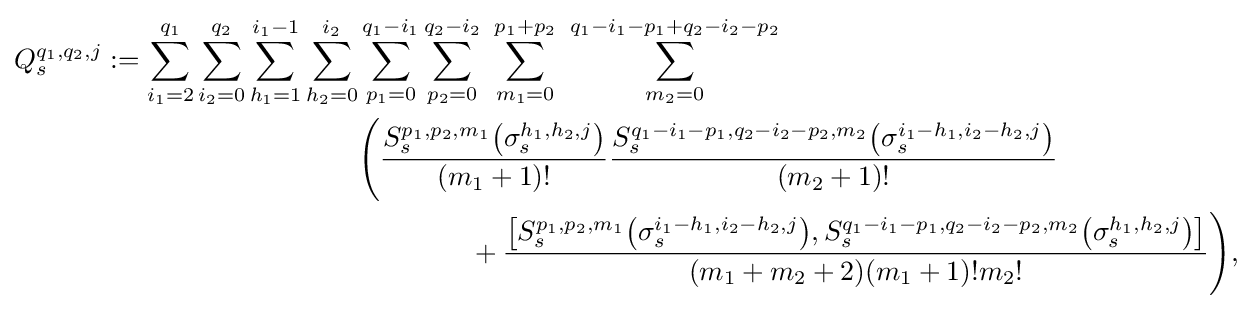
{\begin{aligned}Q_{s}^{q_{1},q_{2},j}:=\sum _{i_{1}=2}^{q_{1}}\sum _{i_{2}=0}^{q_{2}}\sum _{h_{1}=1}^{i_{1}-1}\sum _{h_{2}=0}^{i_{2}}&\sum _{p_{1}=0}^{q_{1}-i_{1}}\sum _{{p_{2}}=0}^{q_{2}-i_{2}}\ \sum _{m_{1}=0}^{p_{1}+p_{2}}\ \sum _{{m_{2}}=0}^{q_{1}-i_{1}-p_{1}+q_{2}-i_{2}-p_{2}}\\&{\Bigg (}{{\frac {S_{s}^{p_{1},p_{2},m_{1}}{\big (}\sigma _{s}^{h_{1},h_{2},j}{\big )}}{({m_{1}}+1)!}}{\frac {S_{s}^{q_{1}-i_{1}-p_{1},q_{2}-i_{2}-p_{2},m_{2}}{\big (}\sigma _{s}^{i_{1}-h_{1},i_{2}-h_{2},j}{\big )}}{({m_{2}}+1)!}}}\\&\qquad \qquad +{\frac {{\big [}S_{s}^{p_{1},p_{2},m_{1}}{\big (}\sigma _{s}^{i_{1}-h_{1},i_{2}-h_{2},j}{\big )},S_{s}^{q_{1}-i_{1}-p_{1},q_{2}-i_{2}-p_{2},m_{2}}{\big (}\sigma _{s}^{h_{1},h_{2},j}{\big )}{\big ]}}{({m_{1}}+{m_{2}}+2)({m_{1}}+1)!{m_{2}}!}}{\Bigg )},\end{aligned}}